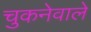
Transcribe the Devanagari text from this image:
चुकनेवाले